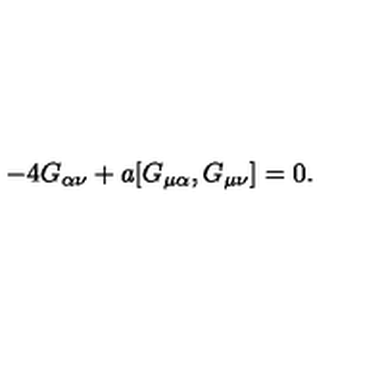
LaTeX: - 4 G _ { \alpha \nu } + a [ G _ { \mu \alpha } , G _ { \mu \nu } ] = 0 .